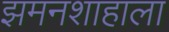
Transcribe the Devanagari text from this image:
झमनशाहाला